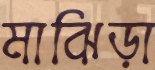
মাঝিড়া